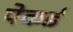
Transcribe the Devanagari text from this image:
पेकर्ड